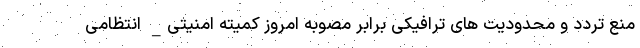
منع تردد و محدودیت های ترافیکی برابر مصوبه امروز کمیته امنیتی_ انتظامی